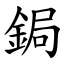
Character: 鋦